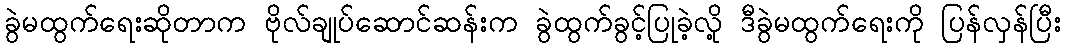
ခွဲမထွက်ရေးဆိုတာက ဗိုလ်ချုပ်ဆောင်ဆန်းက ခွဲထွက်ခွင့်ပြုခဲ့လို့ ဒီခွဲမထွက်ရေးကို ပြန်လှန်ပြီး